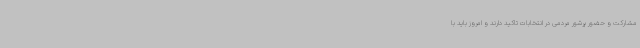
مشارکت و حضور پرشور مردمی در انتخابات تاکید دارند و امروز باید با